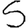
Digit: 5